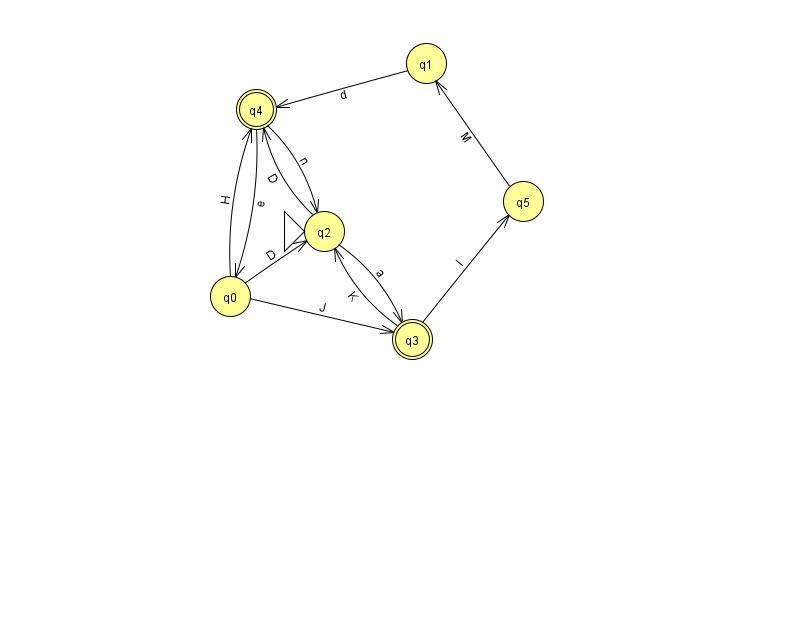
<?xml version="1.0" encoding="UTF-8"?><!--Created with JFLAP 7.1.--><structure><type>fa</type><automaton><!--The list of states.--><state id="0" name="q0"><x>230.0</x><y>283.0</y></state><state id="1" name="q1"><x>426.0</x><y>50.0</y></state><state id="2" name="q2"><x>324.0</x><y>218.0</y><initial/></state><state id="3" name="q3"><x>412.0</x><y>326.0</y><final/></state><state id="4" name="q4"><x>256.0</x><y>96.0</y><final/></state><state id="5" name="q5"><x>523.0</x><y>188.0</y></state><!--The list of transitions.--><transition><from>0</from><to>2</to><read>D</read></transition><transition><from>1</from><to>4</to><read>d</read></transition><transition><from>3</from><to>2</to><read>K</read></transition><transition><from>4</from><to>0</to><read>e</read></transition><transition><from>5</from><to>1</to><read>M</read></transition><transition><from>0</from><to>3</to><read>J</read></transition><transition><from>2</from><to>4</to><read>D</read></transition><transition><from>2</from><to>3</to><read>a</read></transition><transition><from>3</from><to>5</to><read>I</read></transition><transition><from>4</from><to>2</to><read>n</read></transition><transition><from>0</from><to>4</to><read>H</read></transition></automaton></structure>